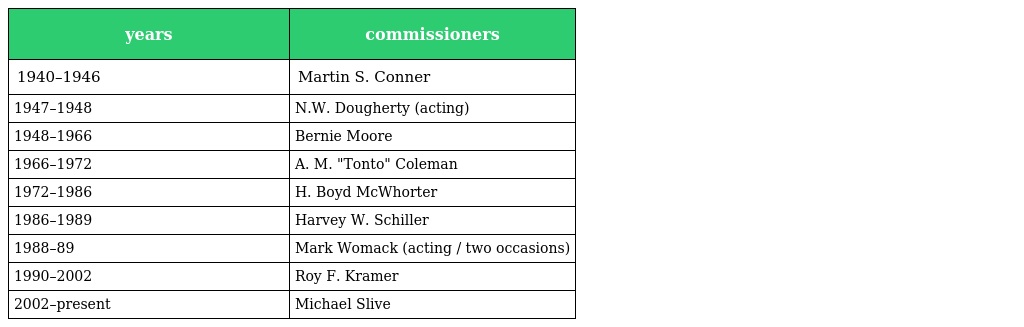
| years | commissioners |
 | --- | --- |
 | 1940–1946 | Martin S. Conner |
 | 1947–1948 | N.W. Dougherty (acting) |
 | 1948–1966 | Bernie Moore |
 | 1966–1972 | A. M. "Tonto" Coleman |
 | 1972–1986 | H. Boyd McWhorter |
 | 1986–1989 | Harvey W. Schiller |
 | 1988–89 | Mark Womack (acting / two occasions) |
 | 1990–2002 | Roy F. Kramer |
 | 2002–present | Michael Slive |